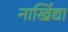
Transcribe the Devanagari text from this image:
नाखिंद्या